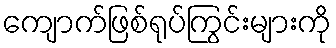
ကျောက်ဖြစ်ရုပ်ကြွင်းများကို